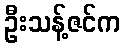
ဦးသန့်ဇင်က